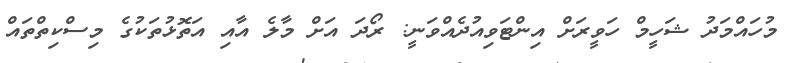
މުހައްމަދު ޝަހީމް ހަވީރަށް އިންޓަވިއުދެއްވަނީ: ރޯދަ އަށް މާލެ އާއި އަތޮޅުތަކުގެ މިސްކިތްތައް